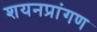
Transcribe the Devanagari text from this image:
शयनप्रांगण